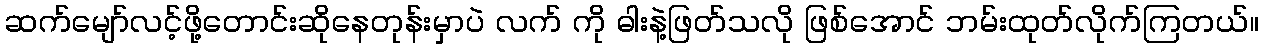
ဆက်မျော်လင့်ဖို့တောင်းဆိုနေတုန်းမှာပဲ လက် ကို ဓါးနဲ့ဖြတ်သလို ဖြစ်အောင် ဘမ်းထုတ်လိုက်ကြတယ်။